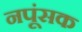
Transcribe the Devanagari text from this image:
नपूंसक